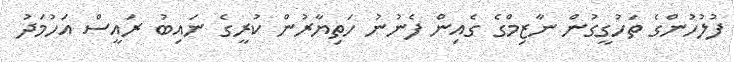
ފުލުހުންގެ ތަހުގީގުން ނާޒިމްގެ ގެއިން ފެނުނު ހަތިޔާރުން ކުރީގެ ނައިބު ރައީސް އަހުމަދު